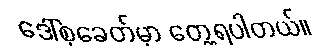
ဒေါ်စုခေတ်မှာ တွေ့ရပါတယ်။